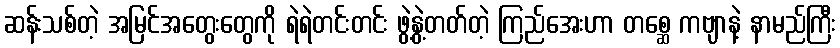
ဆန်းသစ်တဲ့ အမြင်အတွေးတွေကို ရဲရဲတင်းတင်း ဖွဲ့နွဲ့တတ်တဲ့ ကြည်အေးဟာ တစ္ဆေ ကဗျာနဲ့ နာမည်ကြီး